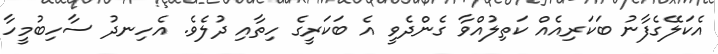
އެކަލޭގެފާނު ބަކަރިއެއް ކަތިލުއްވާ ގެންދެވީ އެ ބަކަރީގެ ހިތާއި ދުލެވެ. އެހިނދު ސާހިބުމީހާ